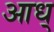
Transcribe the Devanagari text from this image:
आध्